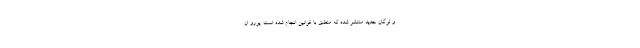
و لوگان جدید منتشر شده که منطبق با قوانین انجام شده است. یورو اِن